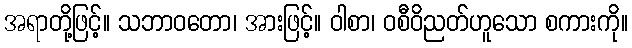
အရာတို့ဖြင့်။ သဘာဝတော၊ အားဖြင့်။ ဝါစာ၊ ဝစီဝိညတ်ဟူသော စကားကို။